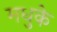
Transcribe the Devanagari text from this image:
मधुके